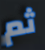
ثم